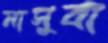
মাসুবা